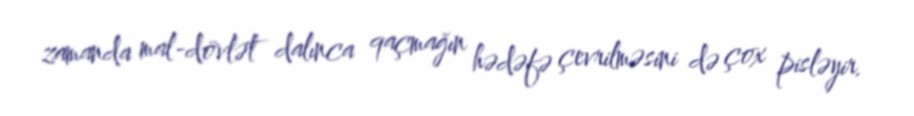
zamanda mal-dövlət dalınca qaçmağın hədəfə çevrilməsini də çox pisləyir.